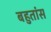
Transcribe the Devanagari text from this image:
बहुतांस